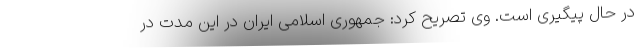
در حال پیگیری است. وی تصریح کرد: جمهوری اسلامی ایران در این مدت در